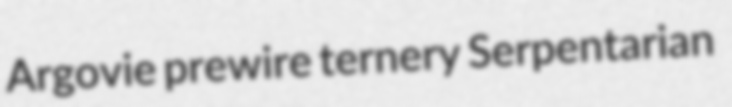
Argovie prewire ternery Serpentarian